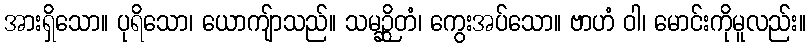
အားရှိသော။ ပုရိသော၊ ယောကျ်ာသည်။ သမဉ္ဆိတံ၊ ကွေးအပ်သော။ ဗာဟံ ဝါ၊ မောင်းကိုမူလည်း။